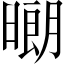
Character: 𱢞